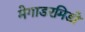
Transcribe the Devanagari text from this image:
मेगाडरमिडो